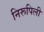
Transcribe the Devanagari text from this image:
निरूपिली